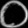
Digit: ၀